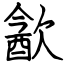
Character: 㱃